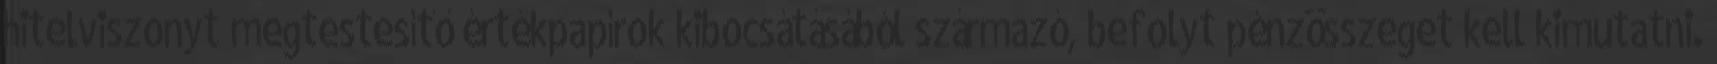
hitelviszonyt megtestesítő értékpapírok kibocsátásából származó, befolyt pénzösszeget kell kimutatni.